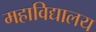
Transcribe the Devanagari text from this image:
महाविद्यालय